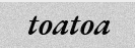
toatoa